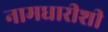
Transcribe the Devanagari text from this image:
नामधारीशी